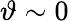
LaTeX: \vartheta\sim 0